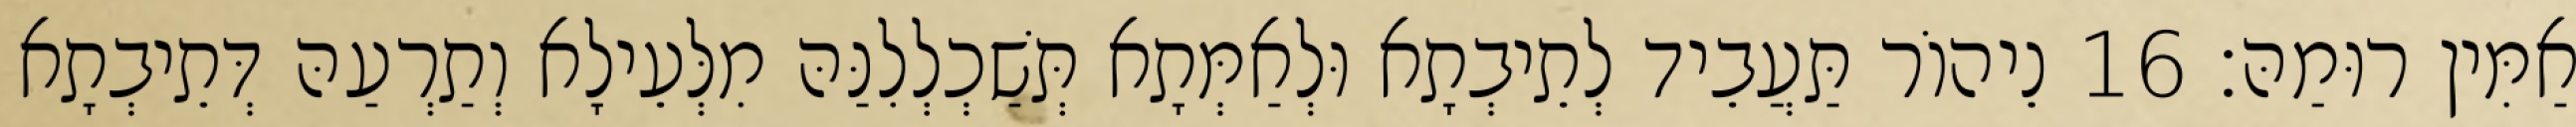
אַמִּין רוּמַהּ׃ 16 נֵיהוֹר תַּעֲבֵיד לְתֵיבְתָא וּלְאַמְּתָא תְּשַׁכְלְלִנַּהּ מִלְּעֵילָא וְתַרְעַהּ דְּתֵיבְתָא